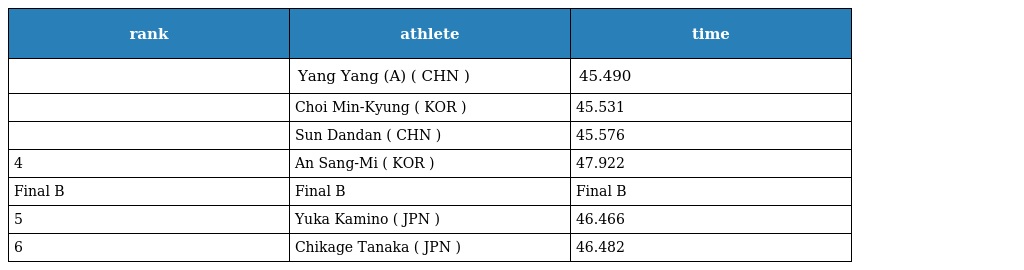
| rank | athlete | time |
 | --- | --- | --- |
 |  | Yang Yang (A) ( CHN ) | 45.490 |
 |  | Choi Min-Kyung ( KOR ) | 45.531 |
 |  | Sun Dandan ( CHN ) | 45.576 |
 | 4 | An Sang-Mi ( KOR ) | 47.922 |
 | Final B | Final B | Final B |
 | 5 | Yuka Kamino ( JPN ) | 46.466 |
 | 6 | Chikage Tanaka ( JPN ) | 46.482 |